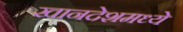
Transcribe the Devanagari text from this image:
खानदेशमध्ये